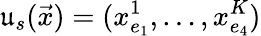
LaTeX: \mathfrak{u}_{s}(\vec{x})=(x_{e_{1}}^{1},\dots,x_{e_{4}}^{K})